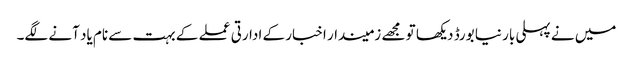
میں نے پہلی بار نیا بورڈ دیکھا تو مجھے زمیندار اخبار کے ادارتی عملے کے بہت سے نام یاد آنے لگے۔